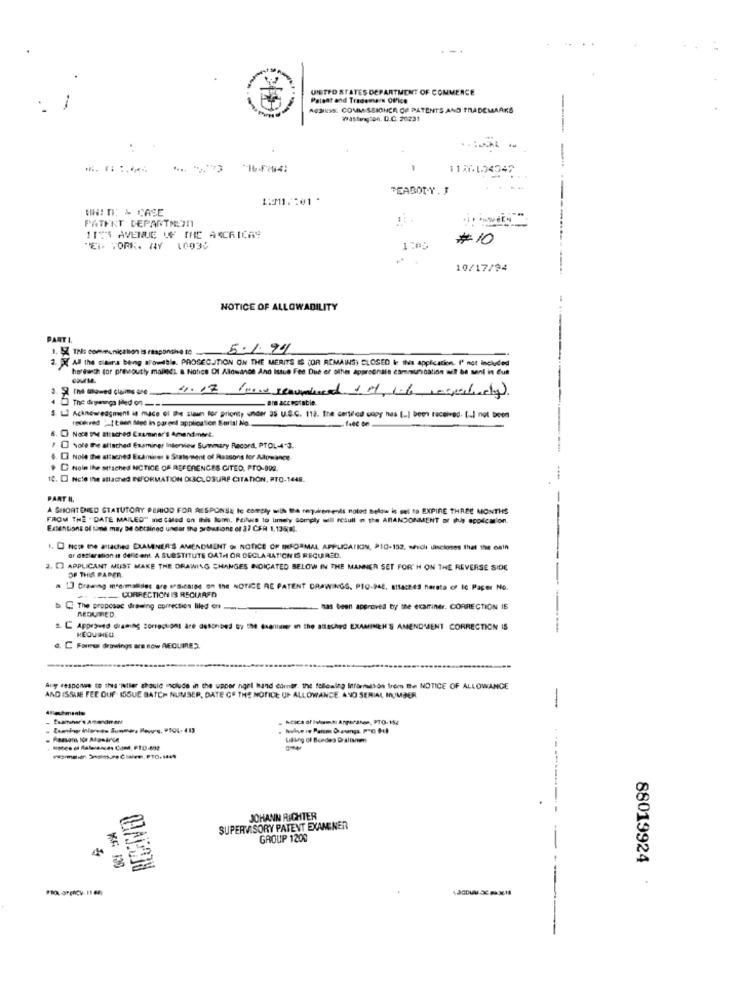
UNITED STATES DEPARTMENT OF COMMERCE
Patent and Trademark Office
AUJEIS: COMMISSIONCA DE PATENTS AND TRADEMARKS
-
Wasting:DA. D.C. 20231
1186134342
PEABODY. J
1:11 .: 01 .
WHITE & CASE
PATENT DEPARTMENT
1175 AVENUE OF THE ACCRICAS
# 10
"ET YORK. AY 10036
10/17/94
NOTICE OF ALLOWABILITY
PARTI.
1. 5Z This communication is responsive to
5.1.99
X Al the caira being allowable. PROSECUTION ON THE MERITS IS (OR REMAINS) CLOSED le this application. I' not included
høreanth for previously mailedi & Notice Of Allowance And Ittue Fee Due or other apprseriale communication auf be sent is Cus
3. 5 The mmawed claims are
The deganga filed on ---
are acceptable.
L Acknowledgment is nuce of the siaun for priority under 35 U.S.C. 113. Tre certifed copy nas [.] been received. [-] not been
received : [ teen Med in parent application Serial No.
Noce the attached Examinar's Amendment.
]vote the allached Examiner Interview Summary Record, PTOL-4-3.
Nole the attached Examiner & Statement of Asssons for Alowrance
Noin The straches NOTICE OF REFERENGES CITED, PTO-902.
10. D Ncle the attached INFORMATION DISCLOSURE CITATION, PTO-1448.
PART IL.
A SHORTENED STATUTORY PERIOD FOR RESPONSE Ic comply with the requirements noted below is set to EXPIRE THREE MONTHS
FROM THE " DATE MAILED" nd Cated on this lom, Faitus to limely Görply will result in the ABANDONMENT of this application.
Extentions of time may be obtained under the arbresione of 37 CSH 1.135(8).
1. O Nct ine attached EXAMINER'S AMENDMENT OF NOTICE OF INFORMAL APPLICATION, P10-157, mecli discloses that the oath
ar declaration is delit ant. A SUBSTITUTE OATH OR DECLARATION IS REQUIRED.
2. [ APPLICANT MUST MAKE THE DRAWING CHANGES INDICATED BELOW IN THE MANNER SET FORTH ON THE REVERSE SIDE
OF THIS PAPER
. 1] Drawing ingimalides ore erdicales on the NOTICE RE PATENT DRAWINGS. PIO-948. attacheS harsto of Ic Paper No.
+-URRECTION IS RECURAFD
b. C The proposec drawing correction liled on ...
- has been approved by the examiner. CORRECTION IS
REDUMED.
s. C Approved dramig corrections are detonoes By the Grenier in the attached EXAMINEH'S AMENDMENT CORRECTION IS
HEQUINED.
a. C Farmasi drawings are eów REQUIRED.
Aury response to this 'ieller should include in the upper ngel hand corner. the following Information from the NOTICE OF ALLOWANCE
AND ISSURE FEE OUF. ISSUE BATCH NUMBER, DATE CE THE NOTICE UF ALLOWANCE, AND SERIAL NUMBER
-
Acics of Iskuma Anparanon, PTO-154
--------..
RECEIVED
JOHANN RICHTER
SUPERVISORY PATENT EXAMINER
GROUP 1200
88019924
** 100